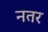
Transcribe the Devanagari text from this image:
नतर